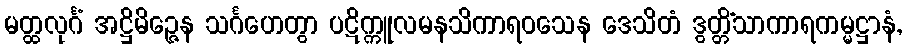
မတ္ထလုင်္ဂံ အဋ္ဌိမိဉ္ဇေန သင်္ဂဟေတွာ ပဋိက္ကူလမနသိကာရဝသေန ဒေသိတံ ဒွတ္တိံသာကာရကမ္မဋ္ဌာနံ,